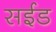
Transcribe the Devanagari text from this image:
सईड